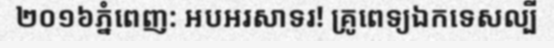
២០១៦ភ្នំពេញ: អបអរសាទរ! គ្រូពេទ្យឯកទេសល្បី